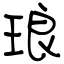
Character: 琅